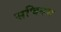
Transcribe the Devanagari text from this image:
सचिनच